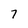
Character: 7